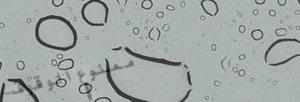
ممنوع الوقوف